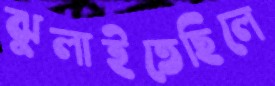
ঝুলাইতেছিলে